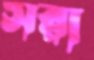
সরা